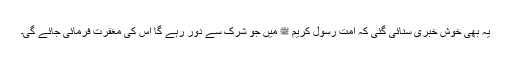
یہ بھی خوش خبری سنائی گئی کہ امت رسول کریم ﷺ میں جو شرک سے دُور رہے گا اس کی مغفرت فرمائی جائے گی۔